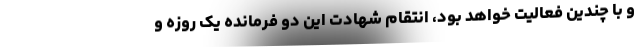
و با چندین فعالیت خواهد بود، انتقام شهادت این دو فرمانده یک روزه و